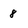
Character: 8